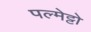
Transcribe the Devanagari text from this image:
पल्मेट्टो